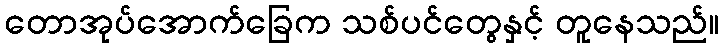
တောအုပ်အောက်ခြေက သစ်ပင်တွေနှင့် တူနေသည်။